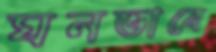
ঘনভাবে